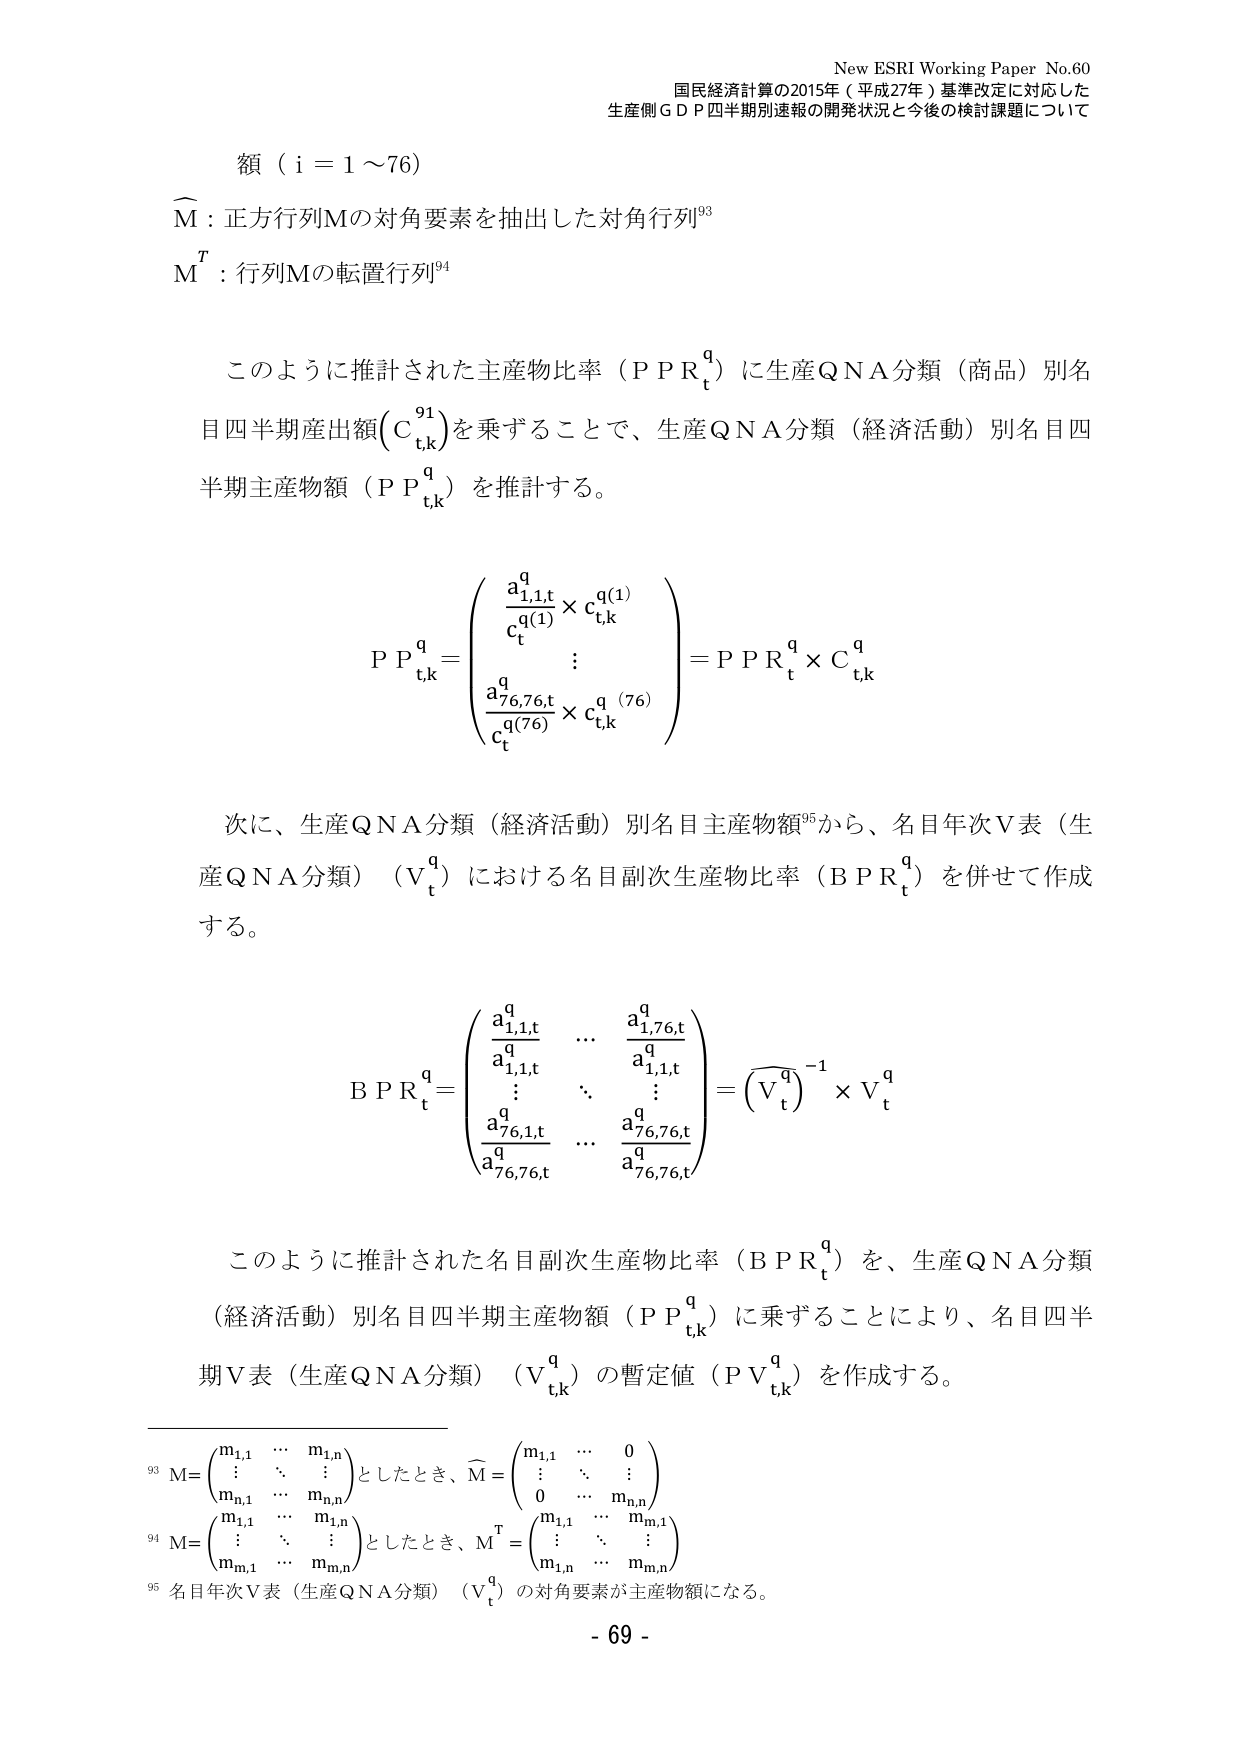
New ESRI Working Paper No.60
国民経済計算の2015年（平成27年）基準改定に対応した
生産側ＧＤＰ四半期別速報の開発状況と今後の検討課題について

額（i = 1～76）
M̂：正方行列Mの対角要素を抽出した対角行列⁹³
Mᵀ：行列Mの転置行列⁹⁴

このように推計された主産物比率（ＰＰＲₜ^q）に生産ＱＮＡ分類（商品）別名目四半期産出額（Ｃₜ,ₖ^q）を乗ずることで、生産ＱＮＡ分類（経済活動）別名目四半期主産物額（ＰＰₜ,ₖ^q）を推計する。

ＰＰₜ,ₖ^q =
⎛
⎜
⎜
⎜
⎜
⎝
a₁,₁,ₜ^q / cₜ^(q(1)) × cₜ,ₖ^q(1)
⋮
a₇₆,₇₆,ₜ^q / cₜ^(q(76)) × cₜ,ₖ^q(76)
⎞
⎟
⎟
⎟
⎟
⎠
= ＰＰＲₜ^q × Ｃₜ,ₖ^q

次に、生産ＱＮＡ分類（経済活動）別名目主産物額⁹⁵から、名目年次Ｖ表（生産ＱＮＡ分類）（Ｖₜ^q）における名目副次生産物比率（ＢＰＲₜ^q）を併せて作成する。

ＢＰＲₜ^q =
⎛
⎜
⎜
⎜
⎜
⎝
a₁,₁,ₜ^q     …     a₁,₇₆,ₜ^q
a₁,₁,ₜ^q     …     a₁,₁,ₜ^q
⋮            ⋱     ⋮
a₇₆,₁,ₜ^q    …     a₇₆,₇₆,ₜ^q
a₇₆,₇₆,ₜ^q   …     a₇₆,₇₆,ₜ^q
⎞
⎟
⎟
⎟
⎟
⎠
= (Ｖₜ^q)⁻¹ × Ｖₜ^q

このように推計された名目副次生産物比率（ＢＰＲₜ^q）を、生産ＱＮＡ分類（経済活動）別名目四半期主産物額（ＰＰₜ,ₖ^q）に乗ずることにより、名目四半期Ｖ表（生産ＱＮＡ分類）（Ｖₜ,ₖ^q）の暫定値（ＰＶₜ,ₖ^q）を作成する。

⁹³ Ｍ＝⎛⎜⎝ m₁,₁  …  m₁,ₙ
           ⋮  ⋱  ⋮
           mₙ,₁  …  mₙ,ₙ ⎞⎟⎠ としたとき、Ｍ̂＝⎛⎜⎝ m₁,₁  …  0
                                               ⋮  ⋱  ⋮
                                               0  …  mₙ,ₙ ⎞⎟⎠
⁹⁴ Ｍ＝⎛⎜⎝ m₁,₁  …  m₁,ₙ
           ⋮  ⋱  ⋮
           mₘ,₁  …  mₘ,ₙ ⎞⎟⎠ としたとき、Ｍᵀ＝⎛⎜⎝ m₁,₁  …  mₘ,₁
                                               ⋮  ⋱  ⋮
                                               m₁,ₙ  …  mₘ,ₙ ⎞⎟⎠
⁹⁵ 名目年次Ｖ表（生産ＱＮＡ分類）（Ｖₜ^q）の対角要素が主産物額になる。

- 69 -